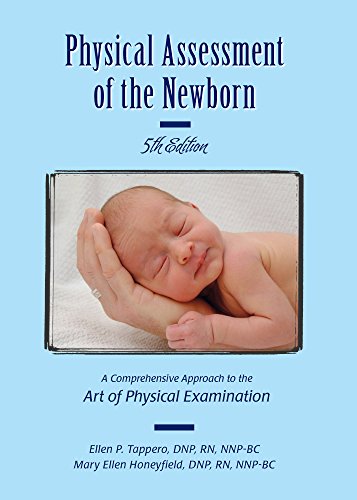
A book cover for Physical Assessment of the Newborn: A Comprehensive Approach to the Art of Physical Examination; Ellen P. Tappero DNP RN NNP-BC; Medical Books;